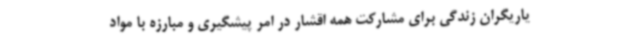
یاریگران زندگی برای مشارکت همه اقشار در امر پیشگیری و مبارزه با مواد